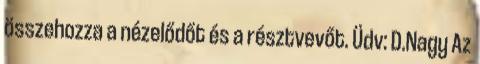
összehozza a nézelődőt és a résztvevőt. Üdv: D.Nagy Az